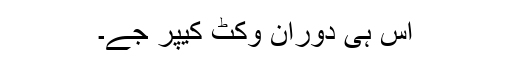
اس ہی دوران وکٹ کیپر جے۔